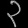
Digit: ၃